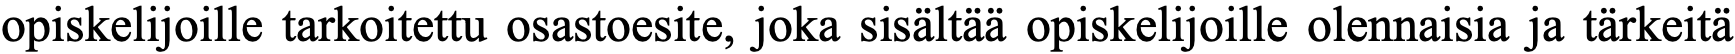
opiskelijoille tarkoitettu osastoesite, joka sisältää opiskelijoille olennaisia ja tärkeitä